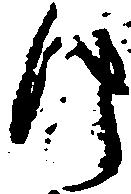
け